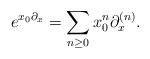
\begin{align*} e^{x_0\partial_x}=\sum_{n\ge0}x_0^n \partial_x^{(n)}.\end{align*}